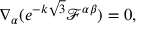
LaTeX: \nabla _ { \alpha } ( e ^ { - k \sqrt { 3 } } \mathcal { F } ^ { \alpha \beta } ) = 0 ,